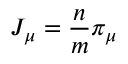
J _ { \mu } = \frac { n } { m } \pi _ { \mu }